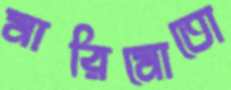
মারিমোতো